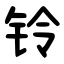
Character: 铃